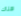
هناك